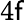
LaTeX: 4\mathsf{f}